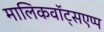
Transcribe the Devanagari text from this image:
मालिकवॉट्सएप्प